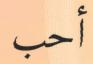
أحب